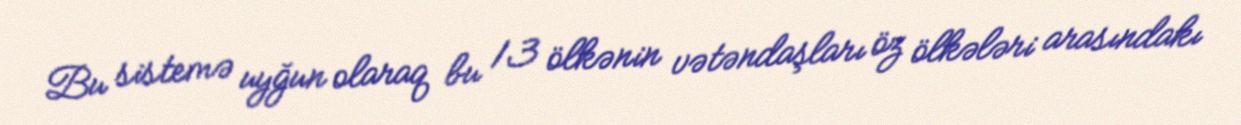
Bu sistemə uyğun olaraq bu 13 ölkənin vətəndaşları öz ölkələri arasındakı